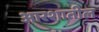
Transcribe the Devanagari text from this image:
आरशातील